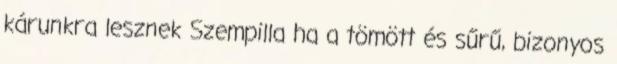
kárunkra lesznek Szempilla ha a tömött és sűrű, bizonyos